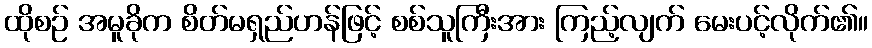
ထိုစဉ် အမူခိုက စိတ်မရှည်ဟန်ဖြင့် စစ်သူကြီးအား ကြည့်လျက် မေးပင့်လိုက်၏။